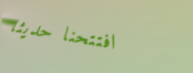
افتتحنا حديثاً